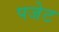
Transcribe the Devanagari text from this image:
पजेट